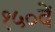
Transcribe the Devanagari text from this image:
१५०वें